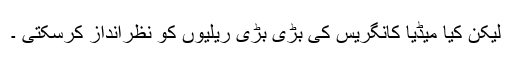
لیکن کیا میڈیا کانگریس کی بڑی بڑی ریلیوں کو نظرانداز کرسکتی ۔